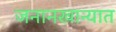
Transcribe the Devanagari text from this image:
जनानखान्यात